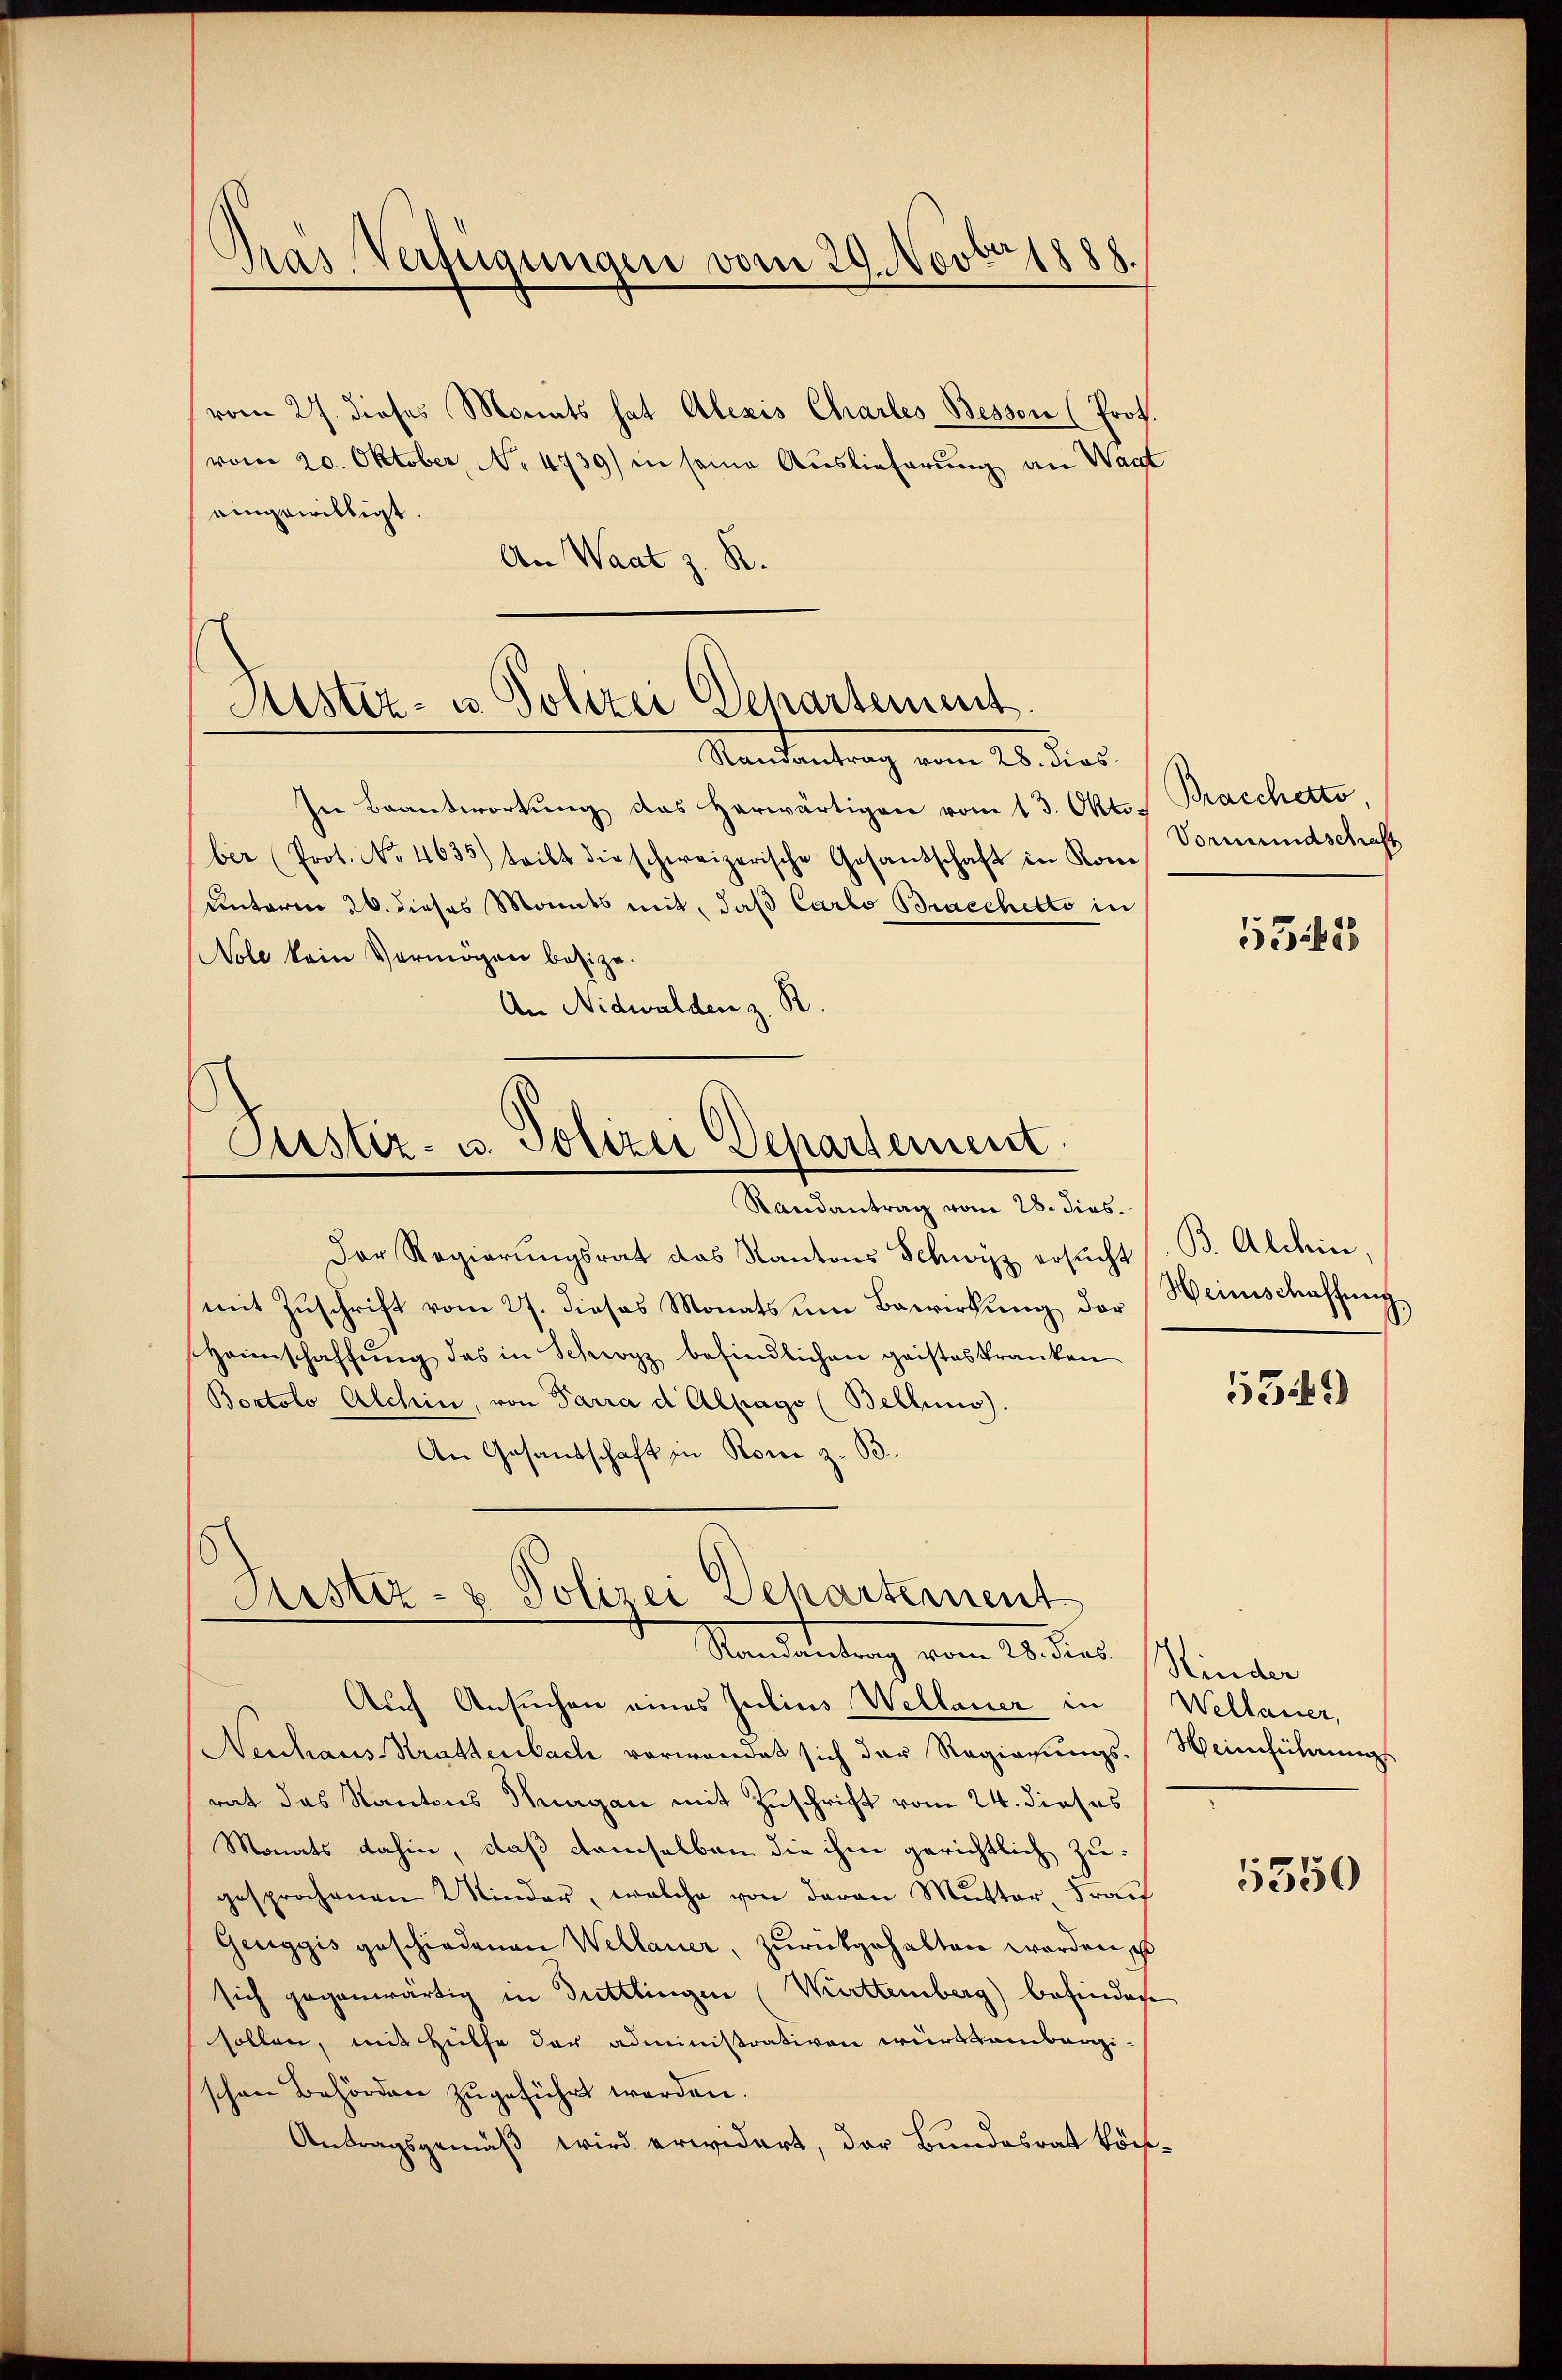
Das Verfügungen vom 29. Novber 1888.
vom 27. dieses Monats hat Alexis Charles Bessen (Prof.
vom 20. Oktober, No 4739) in seine Auslieferung an Wart

eingewilligt.
An Waat z. R.
In Beantwortung das herwärtigen vom 13. Okto Bracchetto,
ber (Prot. No. 4633) teilt die schweizerische Gesandschaft in Kom-
unterm 26. dieses Monts mit, daß Carlo Bracchetto in
Nole kein Vermögen bezize.
An Nidwalden z. R.

Sistiz- u Polizei Departement.
Mandantrag vom 20. dies

Justiz- u. Polizei Departement.
Randantrag vom 28. dies.

Astiz- & Polizei Dehartement
Randantrag vom 28. dies Kinder

Der Regierŭngsrat das Kantons Schwyz ersŭcht B. Alchin,
mit Zuschrift vom 27. dieses Monats um Bewirkung der Weinschaffung
Heimschaffung das in Schwyz befindlichen geisteskranken
Bortolo Alchin, von Parra d Alpago (Bellens).
An Gesandschaft in Rom z. B.
Auch Ansuchen eines Julius Wellauer in Wellauer,
Neuhaus Strattenbach verwendet sich der Regierungs-Weinführungs
rat das Kantons Sagan mit Zuschrift vom 24. dieses
Monats dahin, daß demselben die ihm gerichtlich zugesprochenen Kinder, welche von deren Mutter, Frau
Geuggis geschiedenen Wellauer, zurückgehalten werden, es
sich gegenwärtig in Duttlingen (Württemberg) befindete
sollen, mit Hülfe der administrativen würksambergischen Behörden zugeführt werden.
Antragsgemäß wird erwidert, der Bundesrat kön¬

Vormundschaft
5342

5549

5350